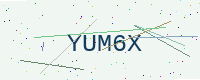
Text: YUM6X